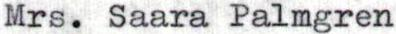
Mrs. Saara Palmgren